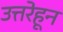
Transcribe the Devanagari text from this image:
उत्तरेहून